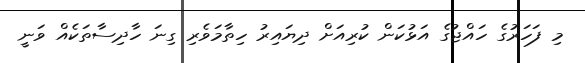
މި ފަހަރުގެ ހައްޖުގެ އަޅުކަން ކުރިއަށް ދިޔައިރު ހިތާމަވެރި ގިނަ ހާދިސާތަކެއް ވަނީ